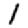
Digit: 1